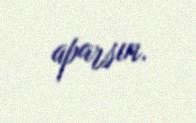
aparsın.